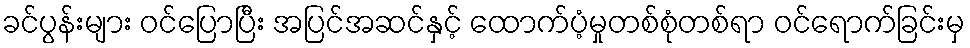
ခင်ပွန်းများ ဝင်ပြောပြီး အပြင်အဆင်နှင့် ထောက်ပံ့မှုတစ်စုံတစ်ရာ ဝင်ရောက်ခြင်းမှ